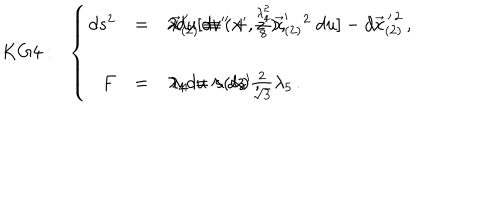
K G 4 : \, \, \, \, \left\{ \begin{array} { r c l } { { d s ^ { 2 } } } & { { = } } & { { 2 d u [ d v ^ { \prime \prime } + \frac { \lambda _ { 4 } ^ { 2 } } { 8 } \vec { x } _ { ( 2 ) } ^ { \prime } { } ^ { 2 } \ d u ] - d \vec { x } _ { ( 2 ) } ^ { \, \prime \, 2 } \, , \hspace { 1 c m } \vec { x } _ { ( 2 ) } ^ { \, \prime } \equiv ( x ^ { \prime } , z ^ { \prime } ) \, , } } \\ { { } } & { { } } & { { } } \\ { { F } } & { { = } } & { { \lambda _ { 4 } d u \land d z ^ { \prime } \, , \hspace { 1 c m } \lambda _ { 4 } = s ( \alpha ) \frac { 2 } { \sqrt { 3 } } \lambda _ { 5 } \, . } } \\ \end{array} \right.